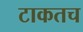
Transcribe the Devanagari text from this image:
टाकतच